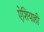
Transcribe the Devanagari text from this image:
ऐशियाही